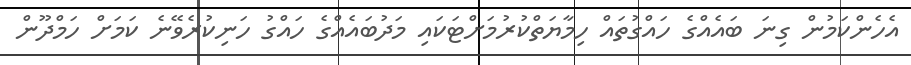
އެހެންކަމުން ގިނަ ބައެއްގެ ހައްގުތައް ހިމާޔަތްކުރުމަށްޓަކައި މަދުބައެއްގެ ހައްގު ހަނިކުރެވޭނެ ކަމަށް ހަމްދޫން